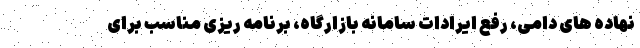
نهاده های دامی، رفع ایرادات سامانه بازارگاه، برنامه ریزی مناسب برای